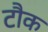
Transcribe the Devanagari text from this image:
टौक